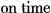
on time